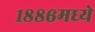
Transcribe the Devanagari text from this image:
१८८६मध्ये